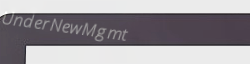
UnderNewMgmt